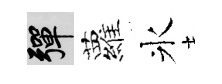
彈蘿氷